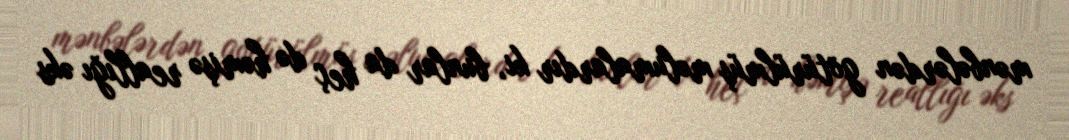
mənbələrdən götürülmüş məlumalardır ki, bunlar da heç də həmişə reallığı əks